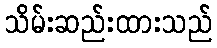
သိမ်းဆည်းထားသည်